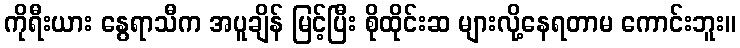
ကိုရီးယား နွေရာသီက အပူချိန် မြင့်ပြီး စိုထိုင်းဆ များလို့နေရတာမ ကောင်းဘူး။